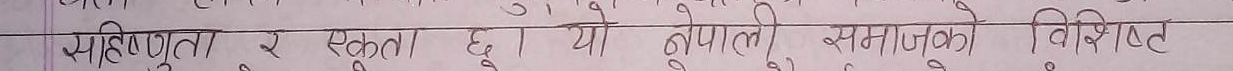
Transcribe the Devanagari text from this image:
सहिष्णुता र एकता छ। यो नेपाली समाजको विशिष्ट